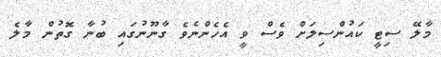
މާލޭ ސިޓީ ކައުންސިލަށް ވެސް ވީ އެހެންނެވެ ގާނޫނުގައި ބުނާ ގޮތުން މާލެ